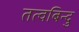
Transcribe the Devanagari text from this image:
तत्वबिन्दु